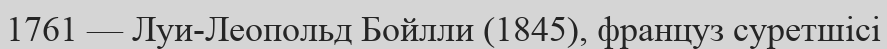
1761 — Луи-Леопольд Бойлли (1845), француз суретшісі